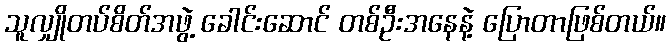
သူလျှိုတပ်စိတ်အဖွဲ့ ခေါင်းဆောင် တစ်ဦးအနေနဲ့ ပြောတာဖြစ်တယ်။